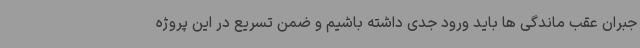
جبران عقب ماندگی ها باید ورود جدی داشته باشیم و ضمن تسریع در این پروژه